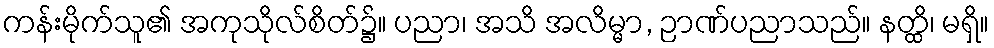
ကန်းမိုက်သူ၏ အကုသိုလ်စိတ်၌။ ပညာ၊ အသိ အလိမ္မာ, ဉာဏ်ပညာသည်။ နတ္ထိ၊ မရှိ။